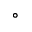
^ \circ